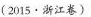
(2015·浙江卷)